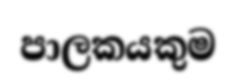
පාලකයකුම